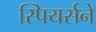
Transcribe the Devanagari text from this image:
स्पियर्सने